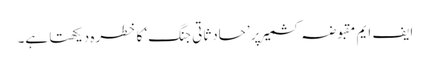
ایف ایم مقبوضہ کشمیر پر ’حادثاتی جنگ‘ کا خطرہ دیکھتا ہے۔